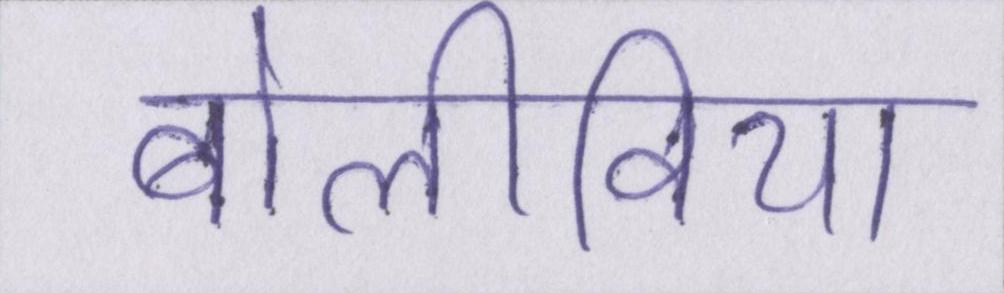
बोलीविया